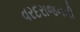
વરદરાજનની